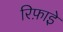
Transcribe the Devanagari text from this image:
रिफ़ाइे